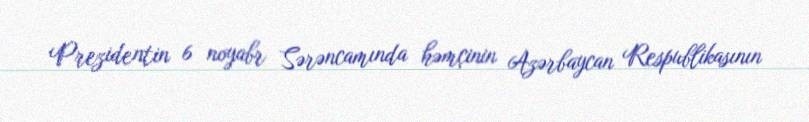
Prezidentin 6 noyabr Sərəncamında həmçinin Azərbaycan Respublikasının